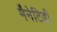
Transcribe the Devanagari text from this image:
मैनेटिडी